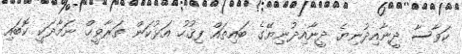
ކަވާސާ ދީނާއިދުނިޔެ ދީނާއިދުނިޔޭގެ ބައިތައް ފިޤުހު އަޅުކަން ތަރާވީޙް ނަމާދަކީ ކޮބައި